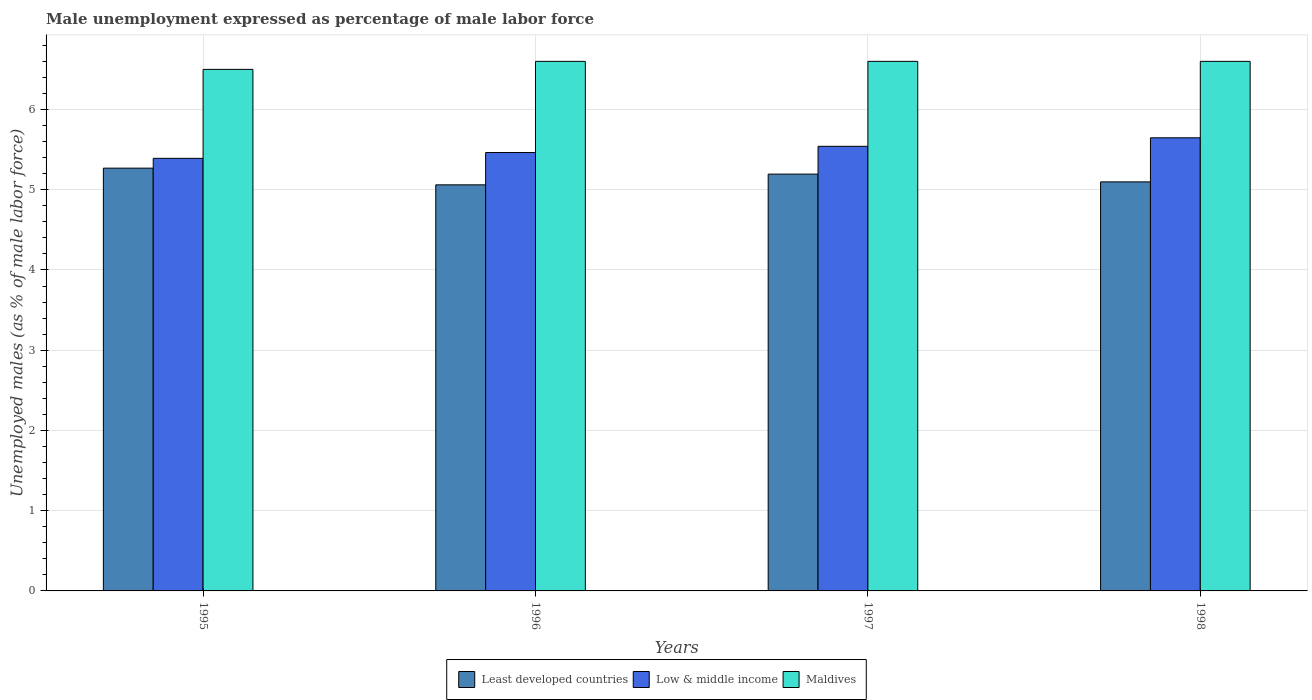
| Years | Least developed countries | Low & middle income | Maldives |
 | --- | --- | --- | --- |
 | 1995 | 5.27 | 5.39 | 6.5 |
 | 1996 | 5.06 | 5.46 | 6.6 |
 | 1997 | 5.19 | 5.54 | 6.6 |
 | 1998 | 5.1 | 5.65 | 6.6 |